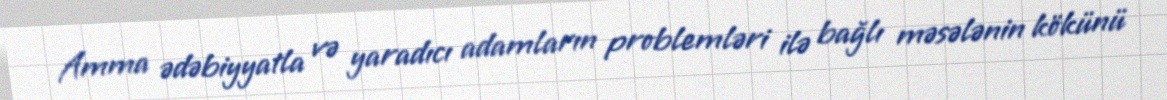
Amma ədəbiyyatla və yaradıcı adamların problemləri ilə bağlı məsələnin kökünü